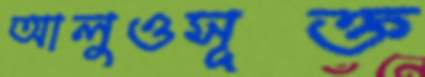
আলুওসূক্ত